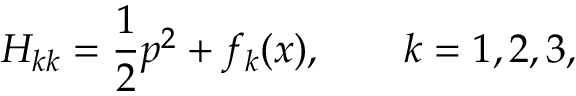
H _ { k k } = \frac { 1 } { 2 } p ^ { 2 } + f _ { k } ( x ) , \qquad k = 1 , 2 , 3 ,